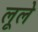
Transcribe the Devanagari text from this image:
लूले